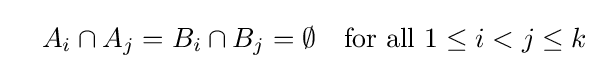
\quad A_{i}\cap A_{j}=B_{i}\cap B_{j}=\emptyset \quad {\text{for all }}1\leq i<j\leq k